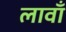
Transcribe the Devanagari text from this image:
लावाँ